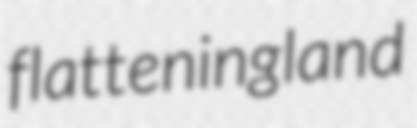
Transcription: flattening land